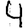
Digit: 4